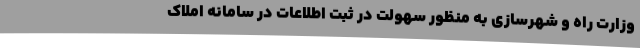
وزارت راه و شهرسازی به منظور سهولت در ثبت اطلاعات در سامانه املاک